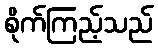
စိုက်ကြည့်သည်